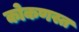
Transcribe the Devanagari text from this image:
कोकणस्त